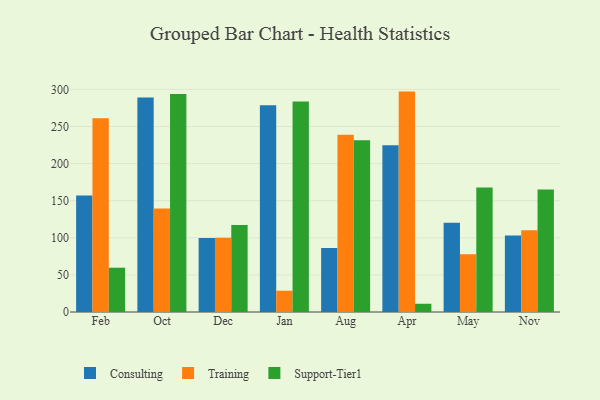
{"axis": {"x": "Month", "y": "Backlog"}, "legend": ["Consulting", "Support-Tier1", "Training"], "data": [{"x": "Feb", "y": 156.9, "type": "Consulting"}, {"x": "Feb", "y": 261.1, "type": "Training"}, {"x": "Feb", "y": 59.7, "type": "Support-Tier1"}, {"x": "Oct", "y": 289.0, "type": "Consulting"}, {"x": "Oct", "y": 139.5, "type": "Training"}, {"x": "Oct", "y": 293.9, "type": "Support-Tier1"}, {"x": "Dec", "y": 99.8, "type": "Consulting"}, {"x": "Dec", "y": 99.9, "type": "Training"}, {"x": "Dec", "y": 117.1, "type": "Support-Tier1"}, {"x": "Jan", "y": 278.6, "type": "Consulting"}, {"x": "Jan", "y": 28.7, "type": "Training"}, {"x": "Jan", "y": 283.6, "type": "Support-Tier1"}, {"x": "Aug", "y": 86.1, "type": "Consulting"}, {"x": "Aug", "y": 238.7, "type": "Training"}, {"x": "Aug", "y": 231.5, "type": "Support-Tier1"}, {"x": "Apr", "y": 224.8, "type": "Consulting"}, {"x": "Apr", "y": 297.0, "type": "Training"}, {"x": "Apr", "y": 11.1, "type": "Support-Tier1"}, {"x": "May", "y": 120.4, "type": "Consulting"}, {"x": "May", "y": 77.7, "type": "Training"}, {"x": "May", "y": 167.9, "type": "Support-Tier1"}, {"x": "Nov", "y": 103.0, "type": "Consulting"}, {"x": "Nov", "y": 110.3, "type": "Training"}, {"x": "Nov", "y": 165.0, "type": "Support-Tier1"}]}